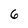
Character: 6